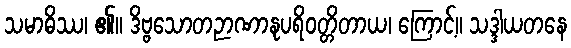
သမာဓိဿ၊ ၏။ ဒိဗ္ဗသောတဉာဏာနုပရိဝတ္တိတာယ၊ ကြောင့်။ သဒ္ဒါယတနေ